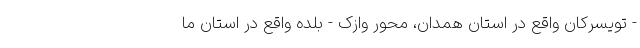
- تویسرکان واقع در استان همدان، محور وازک - بلده واقع در استان ما